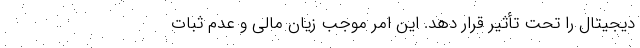
دیجیتال را تحت تأثیر قرار دهد. این امر موجب زیان مالی و عدم ثبات